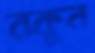
রকুন